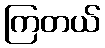
ကြတယ်